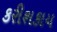
કરીશકાય